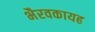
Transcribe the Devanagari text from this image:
भैरवकायह